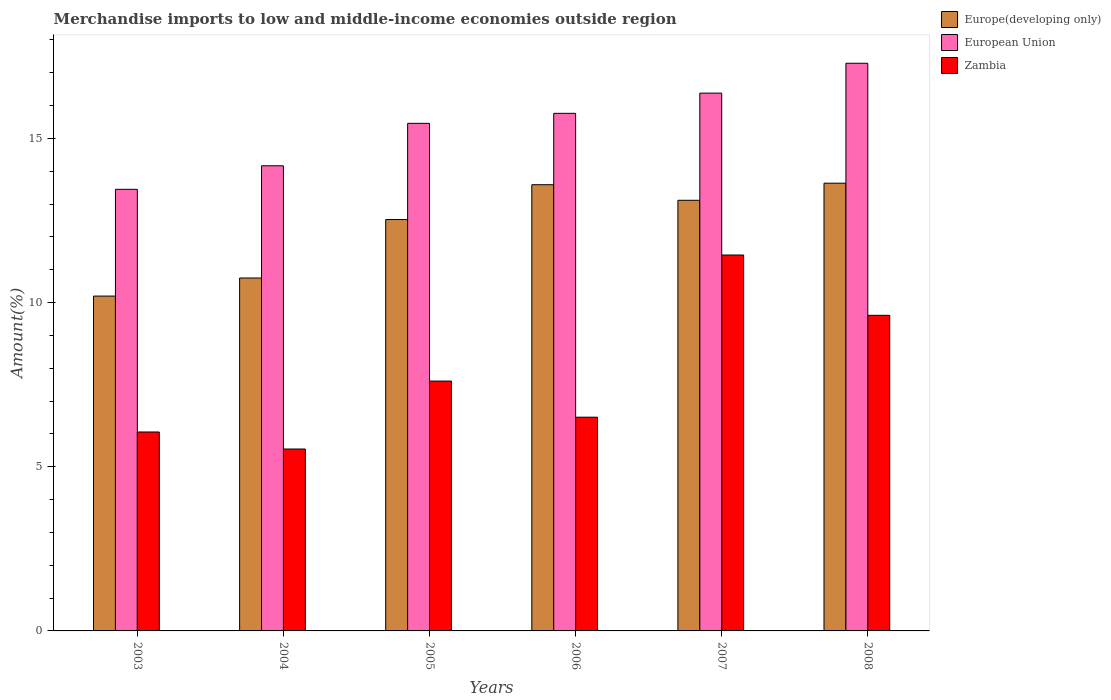
| Years | Europe(developing only) | European Union | Zambia |
 | --- | --- | --- | --- |
 | 2003 | 10.2 | 13.4 | 6.06 |
 | 2004 | 10.7 | 14.2 | 5.54 |
 | 2005 | 12.5 | 15.5 | 7.61 |
 | 2006 | 13.6 | 15.8 | 6.51 |
 | 2007 | 13.1 | 16.4 | 11.4 |
 | 2008 | 13.6 | 17.3 | 9.61 |